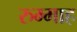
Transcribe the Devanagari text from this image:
रुम्माह